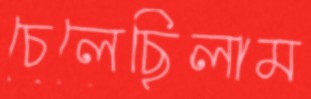
চেলেছিলাম